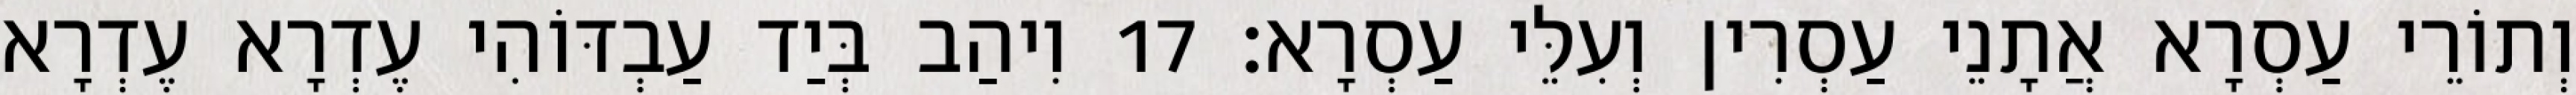
וְתוֹרֵי עַסְרָא אֲתָנֵי עַסְרִין וְעִלֵּי עַסְרָא׃ 17 וִיהַב בְּיַד עַבְדּוֹהִי עֶדְרָא עֶדְרָא